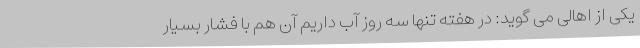
یکی از اهالی می گوید: در هفته تنها سه روز آب داریم آن هم با فشار بسیار